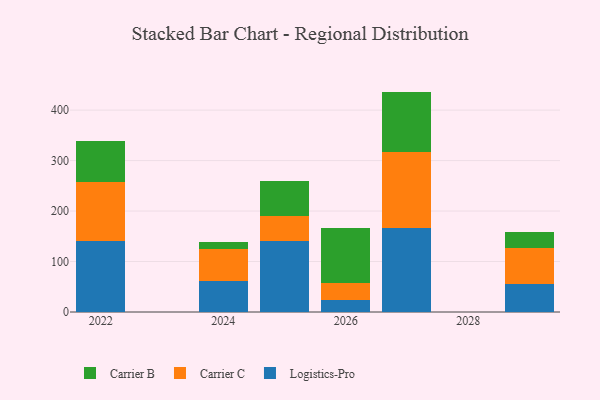
{"axis": {"x": "Year", "y": "Tickets Resolved"}, "legend": ["Carrier B", "Carrier C", "Logistics-Pro"], "data": [{"x": "2022", "y": 140.7, "type": "Logistics-Pro"}, {"x": "2022", "y": 117.6, "type": "Carrier C"}, {"x": "2022", "y": 80.1, "type": "Carrier B"}, {"x": "2024", "y": 62.2, "type": "Logistics-Pro"}, {"x": "2024", "y": 61.9, "type": "Carrier C"}, {"x": "2024", "y": 14.3, "type": "Carrier B"}, {"x": "2029", "y": 56.4, "type": "Logistics-Pro"}, {"x": "2029", "y": 70.3, "type": "Carrier C"}, {"x": "2029", "y": 31.4, "type": "Carrier B"}, {"x": "2027", "y": 166.7, "type": "Logistics-Pro"}, {"x": "2027", "y": 151.1, "type": "Carrier C"}, {"x": "2027", "y": 118.9, "type": "Carrier B"}, {"x": "2026", "y": 23.5, "type": "Logistics-Pro"}, {"x": "2026", "y": 33.4, "type": "Carrier C"}, {"x": "2026", "y": 109.5, "type": "Carrier B"}, {"x": "2025", "y": 141.5, "type": "Logistics-Pro"}, {"x": "2025", "y": 47.8, "type": "Carrier C"}, {"x": "2025", "y": 70.9, "type": "Carrier B"}]}